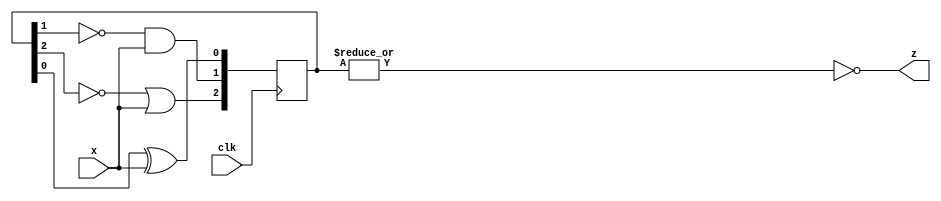
module top_module (
    input clk,
    input x,
    output z
); 
    
    wire[2:0] d, q;
    
    assign z = ~(|q);
    assign d[0] = q[0] ^ x;
    assign d[1] = ~q[1] & x;
    assign d[2] = ~q[2] | x;
    
    always @ ( posedge clk ) begin
        q <= d;
    end // always
    

endmodule